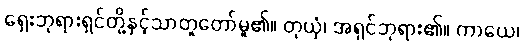
ရှေးဘုရားရှင်တို့နှင့်သာတူတော်မူ၏။ တုယှံ၊ အရှင်ဘုရား၏။ ကာယေ၊